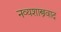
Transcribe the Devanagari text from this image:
नव्यशास्त्रवाद